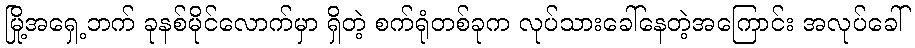
မြို့အရှေ့ဘက် ခုနစ်မိုင်လောက်မှာ ရှိတဲ့ စက်ရုံတစ်ခုက လုပ်သားခေါ်နေတဲ့အကြောင်း အလုပ်ခေါ်